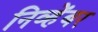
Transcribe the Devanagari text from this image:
निव्हेंबर